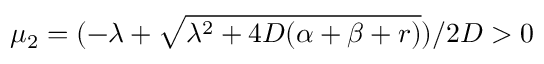
\mu _ { 2 } = ( - \lambda + \sqrt { \lambda ^ { 2 } + 4 D ( \alpha + \beta + r ) } ) / 2 D > 0